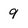
Character: 9